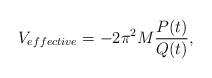
LaTeX: \begin{align*}V_{effective}=-2 \pi^{2}M\frac{P(t)}{Q(t)},\end{align*}